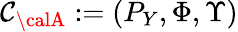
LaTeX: {{\mathcal{C}}_{\calA}}:=(P_{Y},\Phi,\Upsilon)